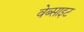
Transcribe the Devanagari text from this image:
वेब्साइट